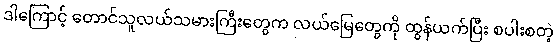
ဒါကြောင့် တောင်သူလယ်သမားကြီးတွေက လယ်မြေတွေကို ထွန်ယက်ပြီး စပါးစတဲ့